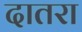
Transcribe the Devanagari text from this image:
दातरा